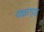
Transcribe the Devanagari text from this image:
रक्षागृह